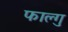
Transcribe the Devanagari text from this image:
फाल्गु